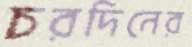
চরদিনের